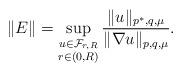
LaTeX: \begin{align*}\|E\| = \sup_{\substack{u\in \mathcal F_{r,R} \\ r\in(0, R)}} \frac{\|u\|_{p^*,q,\mu}}{\|\nabla u\|_{p,q,\mu}}.\end{align*}